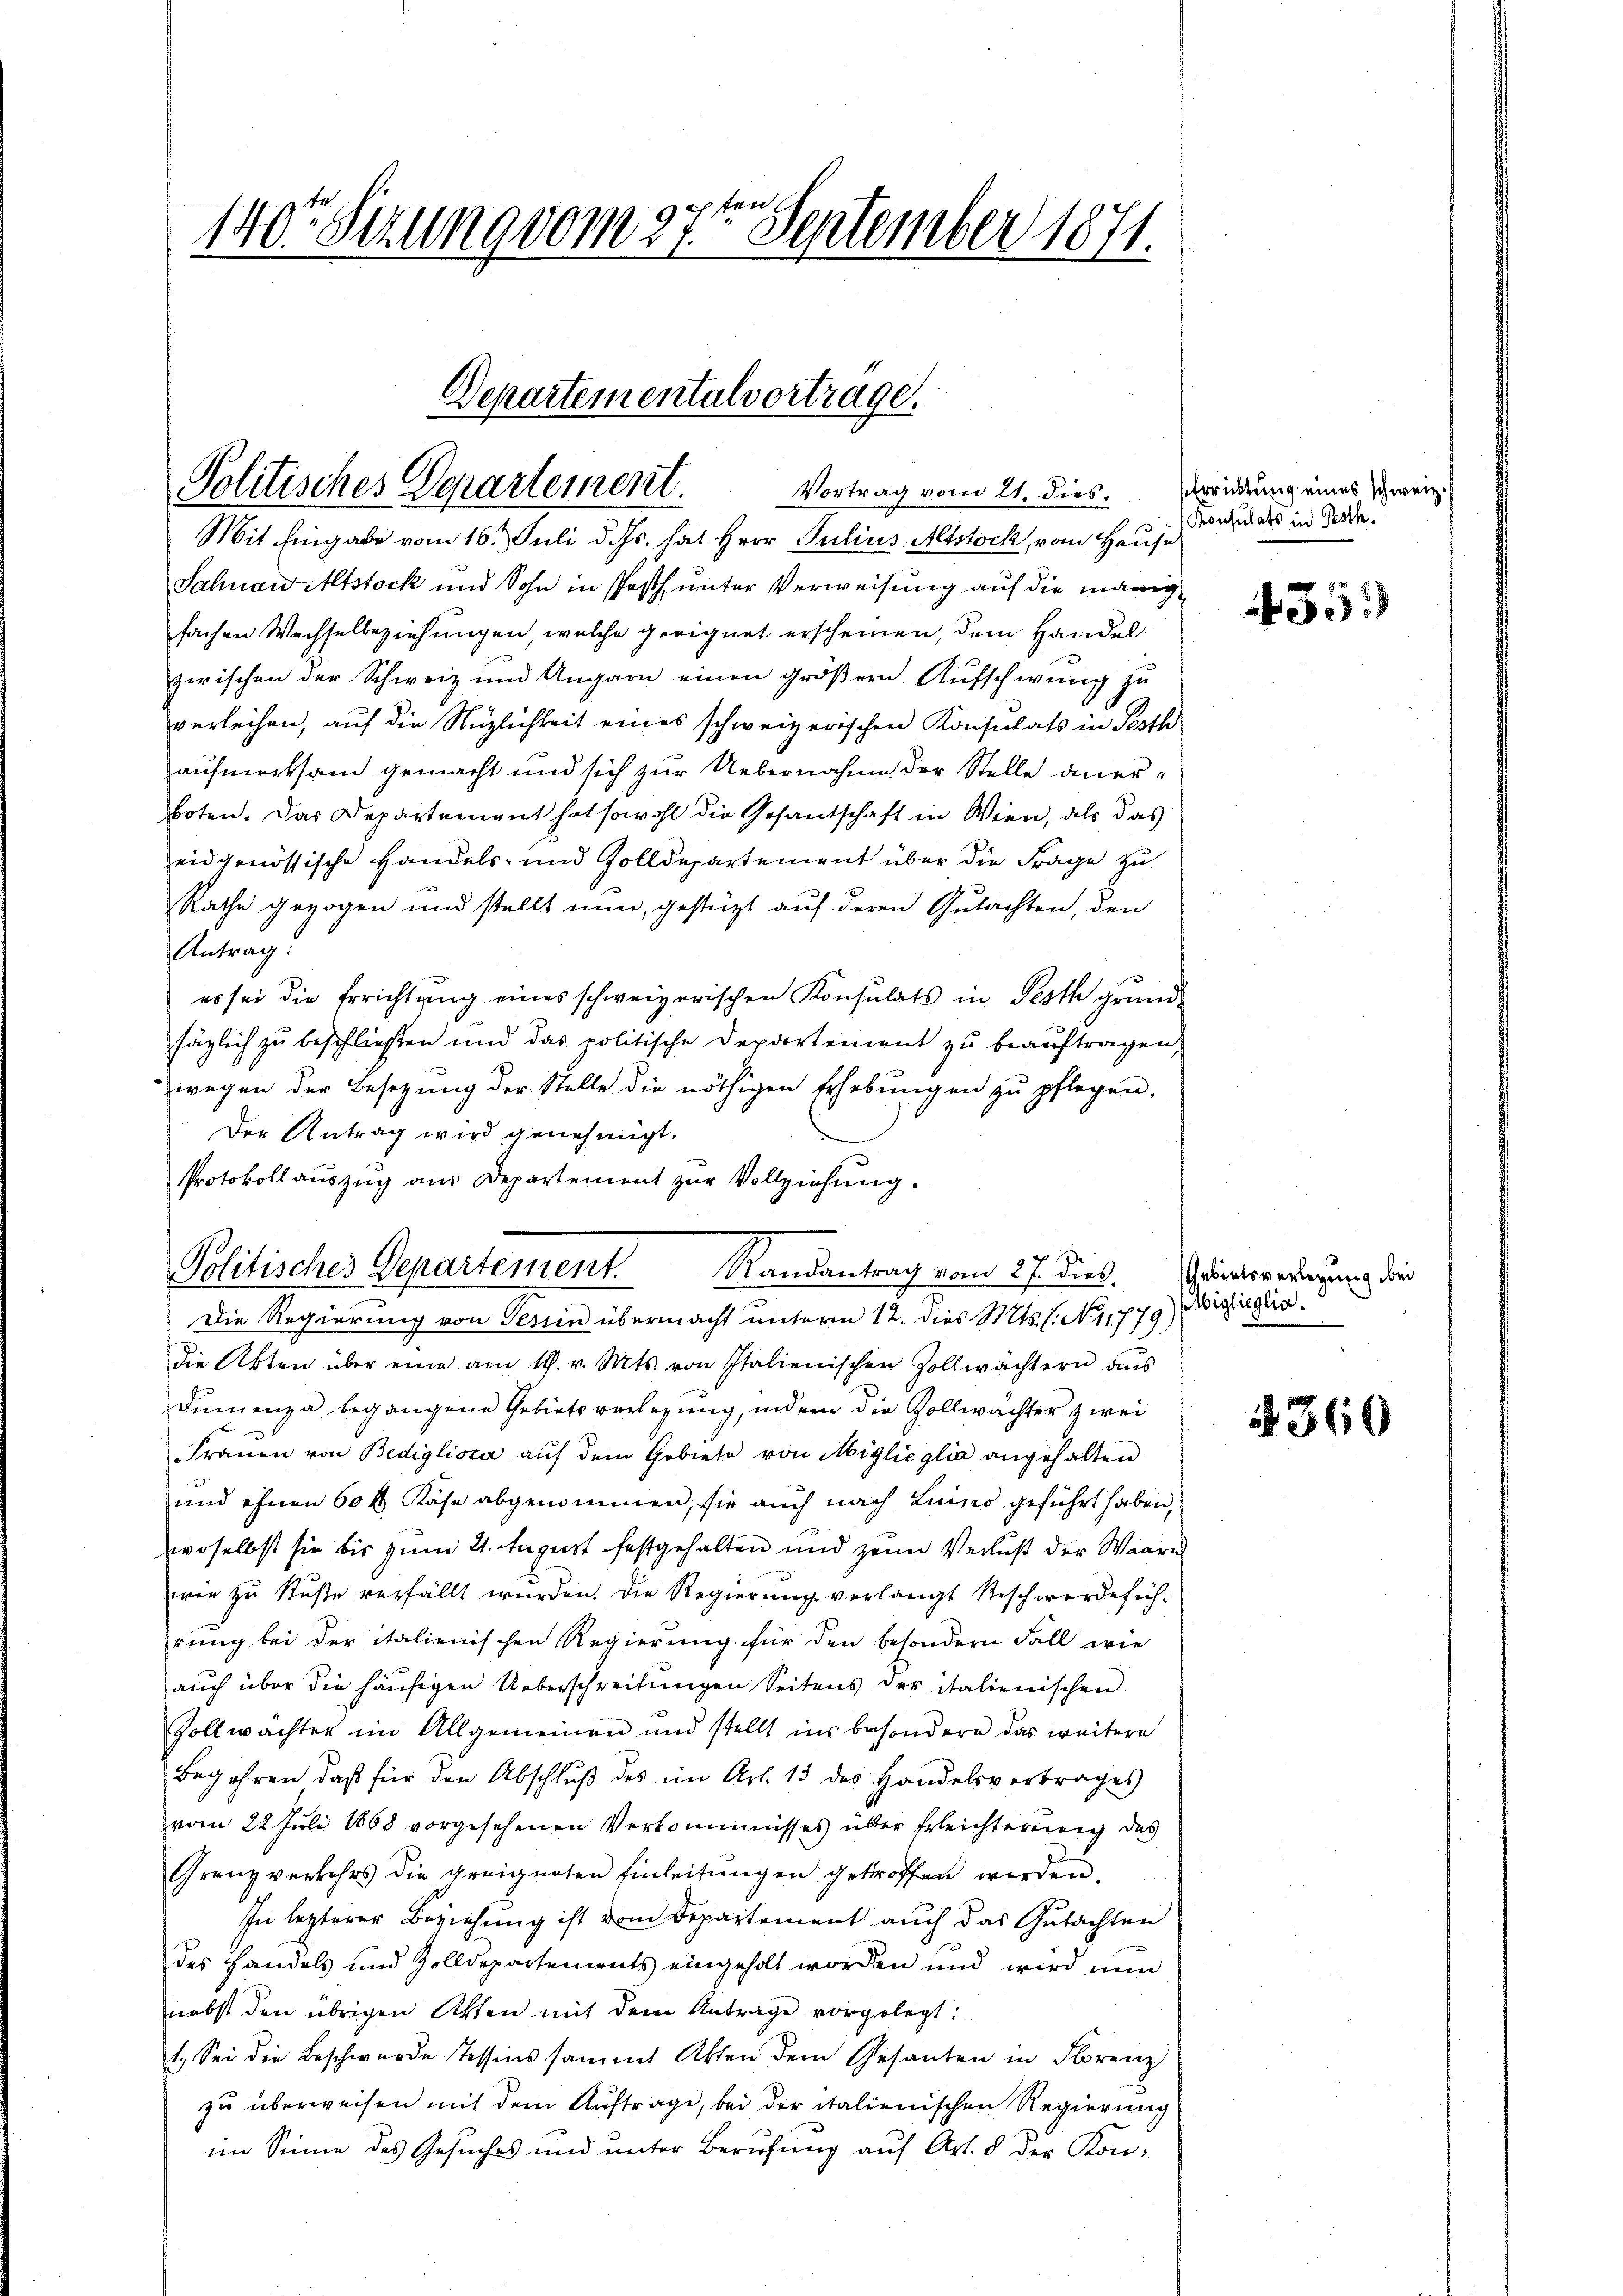
2te
140 Sizung vom 27. September 1871.

Departementalvortrage.
Politisches Departement.
Vortrag vom 21. dies

Mit Eingabe vom 16. Juli d. Js. hat Herr Julius Altstock, vom Hause
Sahnaw Altstock und Sohn in Posth, unter Verweisung auf die manig
fachen Wechselbeziehungen, welche geeignet erscheinen, dem Handel
zwischen der Schweiz und Ungarn einen gröβern Aŭfschwung zu
verleihen, auf die Nützlichkeit eines schweizerischen Konsulats in Pesth
aufmerksam gemacht und sich zur Uebernahme der Stelle anerboten. Das Departement hat sowohl die Gesandschaft in Wien, als das
eidgenössische Handels- und Zolldepartement über die Frage zu
Rathe gezogen und stellt nun, gestützt auf deren Gutachten, den
Antrag.
es sei die Errichtŭng eines schweizerischen Konsulats in Pesth grund-
säglich zu beschließen und das politische Departement zŭ beaŭftragen,
wegen der Besetzung der Stelle die nöthigen Erhebŭngen zŭ pflegen,
Der Antrag wird genehmigt.
Protokoll aŭszŭg aŭs Departement zŭr Vollziehŭng.
Die Regierung von Tessin übermacht unterm 12. dies Mts. l. N. 11779,
die Akten über eine am 19. v. Mts. von Italienischen Zollwächtern aŭs
Dimenza begangene Gebiets verlegung, indem die Zollwächter zwei
Frauen von Bedigliste aŭf dem Gebiete von Miglie glia angehalten
und ihnen 60 fl Käse abgenommen, sie auch nach Linier geführt haben,
woselbst sie bis zum 21. August festgehalten und zum Verlust der Waare
wie zŭ Stŭβe verfällt wŭrden. Die Regierŭng verlangt Reschwerdefüh-
rung bei der italienischen Regierung für den besondern Fall wie
auch über die häufigen Ueberschreitungen Seitens der italienischen
Zollwächter im Allgemeinen und stellt ins besondern das weitere
Begehren, daß für den Abschluß des im Art. 13 des Handelsvertrages
vom 22 Juli 1868 vorgesehenen Verkommnisses über Erleichterung des
Grenz verkehrs die geeigneten Einleitŭngen getroffen worden.
In lezterer Beziehung ist vom Departement auch das Gutachten
des Handels und Zolldepartements eingeholt worden und wird nun
nebst den übrigen Akten mit dem Antrage vorgelegt:
1. Sei die Beschwerde Tessins sammt Akten dem Gesanten in Florenz
zu überweisen mit dem Auftrage, bei der italienischen Regierung
im Sinne des Gesuches und unter Berufung auf Art. 8 der Kon¬

e
Politisches Departement. Randantrag vom 27. dies. Genergeringung die

Errichtung eines schweiz. E
Konsulats in Pesth.

435)

Eiglioglia.

§ 360